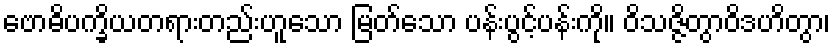
ဗောဓိပက္ခိယတရားတည်းဟူသော မြတ်သော ပန်းပွင့်ပန်းကို။ ဝိသဇ္ဇိတွာဝိဒဟိတွာ၊